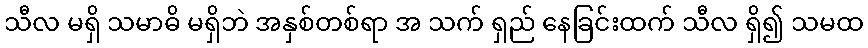
သီလ မရှိ သမာဓိ မရှိဘဲ အနှစ်တစ်ရာ အ သက် ရှည် နေခြင်းထက် သီလ ရှိ၍ သမထ